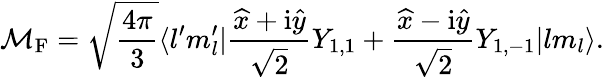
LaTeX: \mathcal{M}_{\mathrm{{F}}}=\sqrt{\frac{4\pi}{3}}\langle l^{\prime}m_{l}^{\prime}|\frac{\widehat{x}+\mathrm{i}\widehat{y}}{\sqrt{2}}Y_{1,1}+\frac{\widehat{x}-\mathrm{i}\widehat{y}}{\sqrt{2}}Y_{1,-1}|lm_{l}\rangle.